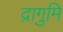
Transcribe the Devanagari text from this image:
द्रागुमि